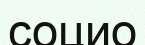
социо